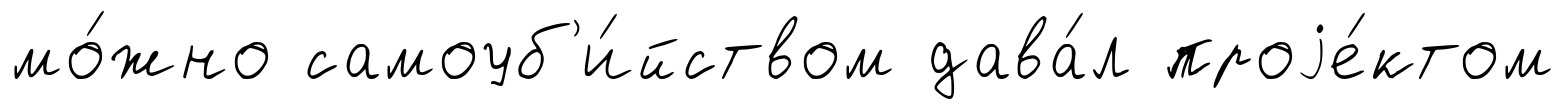
мо́жно самоуб'и́йством дава́л проjе́ктом